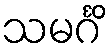
သမင်္ဂိ